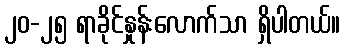
၂၀-၂၅ ရာခိုင်နှုန်းလောက်သာ ရှိပါတယ်။